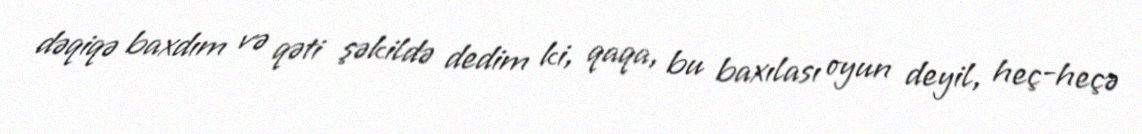
dəqiqə baxdım və qəti şəkildə dedim ki, qaqa, bu baxılası oyun deyil, heç-heçə